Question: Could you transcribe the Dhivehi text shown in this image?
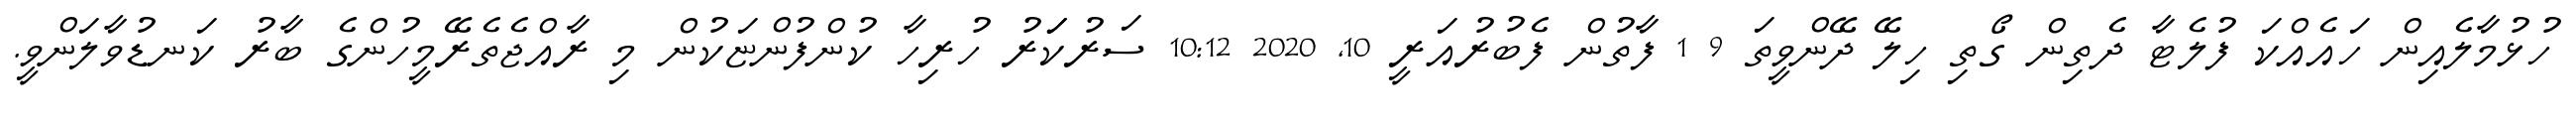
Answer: ހުޅުމާލެއިން ހައެއްކަ ފުލެޓާ ދެތިން ގޯތި ހިލޭ ދޭންވީތަ 9 1 ފާތުން ފެބުރުއަރީ 10, 2020 10:12 ސަރުކަަރު ހުރިހާ ކުންފުންޏަކުން މި ރާއްޖެތެރޭމީހުންގެ ބާރު ކަނޑުވާލަންވީ.